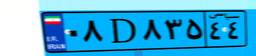
۰۸D۸۳۵۴۴